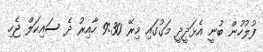
ފުލުހުން ބުނީ އެޅަދީދީ މަގުގައި މިރޭ 9:30 ހާއިރު ދެ ސައިކަލް ޖެހި